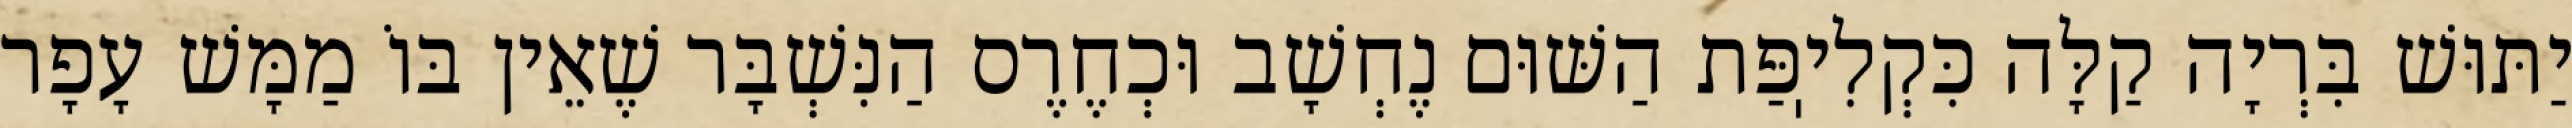
יַתּוּשׁ בִּרְיָה קַלָּה כִּקְלִיֽפַּת הַשּׁוּם נֶחְשָׁב וּכְחֶרֶס הַנִּשְׁבָּר שֶׁאֵין בּוֹ מַמָּשׁ עָפָר